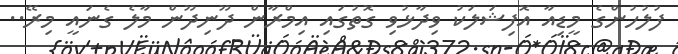
ފުލުހުންގެ މީޑިއާ އޮފިޝަލަކު ވިދާޅުވި ގޮތުގައި އިމްރާން ދޫނިދޫން މާލެ ގެނައީ މިރޭ..